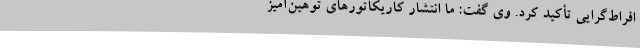
افراط‌گرایی تأکید کرد. وی گفت: ما انتشار کاریکاتورهای توهین‌آمیز